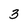
Character: 3